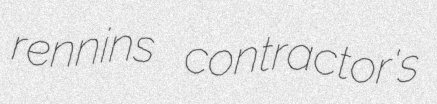
rennins contractor's